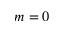
m = 0